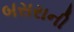
બસરાની